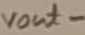
Text: vout-